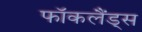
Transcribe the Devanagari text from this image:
फॉकलैंड्स